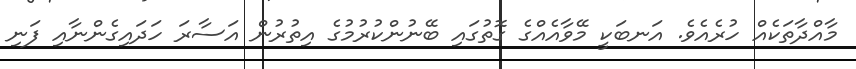
މާއްދާތަކެއް ހުރެއެވެ. އަނބަކީ މޭވާއެއްގެ ގޮތުގައި ބޭނުންކުރުމުގެ އިތުރުން އަސާރަ ހަދައިގެންނާއި ފަނި